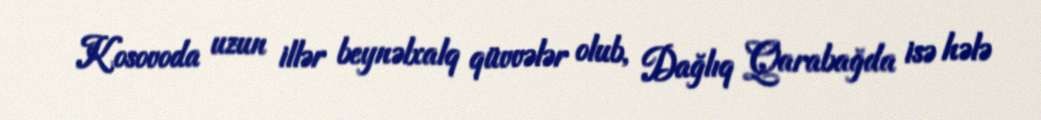
Kosovoda uzun illər beynəlxalq qüvvələr olub, Dağlıq Qarabağda isə hələ